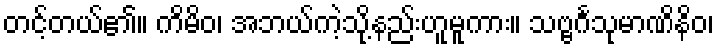
တင့်တယ်၏။ ကိမိဝ၊ အဘယ်ကဲ့သို့နည်းဟူမူကား။ သဗ္ဗင်္ဂသုမာဏိနိဝ၊